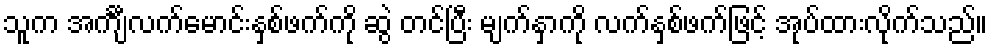
သူက အင်္ကျီလက်မောင်းနှစ်ဖက်ကို ဆွဲ တင်ပြီး မျက်နှာကို လက်နှစ်ဖက်ဖြင့် အုပ်ထားလိုက်သည်။